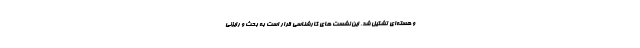
و هسته‌ای تشکیل شد. این نشست های کارشناسی قرار است به بحث و رایزنی